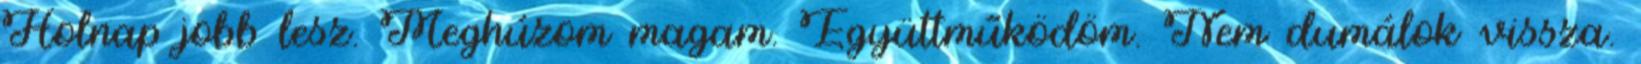
Holnap jobb lesz. Meghúzom magam. Együttműködöm. Nem dumálok vissza.